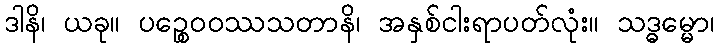
ဒါနိ၊ ယခု။ ပဉ္စေဝဝဿသတာနိ၊ အနှစ်ငါးရာပတ်လုံး။ သဒ္ဓမ္မော၊